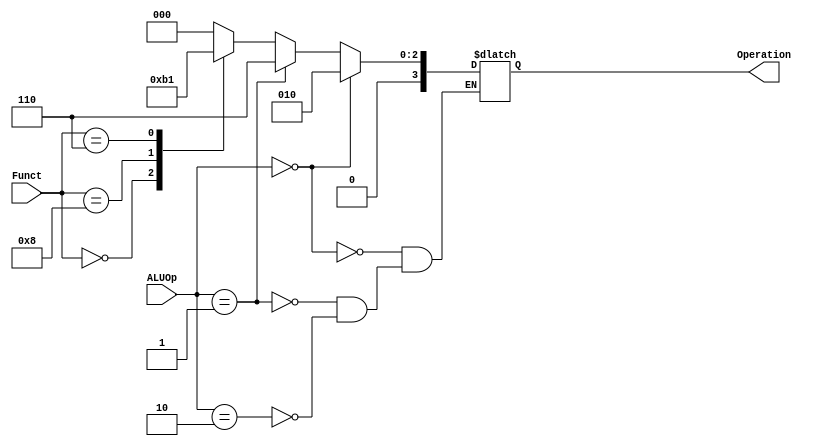
module ALU_Control(ALUOp, Funct, Operation);
  
  input [1:0] ALUOp;
  input [3:0] Funct;
  output reg [3:0] Operation;
  
  always @(*) begin
    if (ALUOp == 2'b00) begin
      Operation <= 4'b0010;
    end
    else if (ALUOp == 2'b01) begin
      Operation <= 4'b0110;
    end
    else if (ALUOp == 2'b10)begin
      case (Funct)
        4'b0000:begin
          Operation <= 4'b0010;
        end
        4'b1000:begin
          Operation <= 4'b0110;
        end
        4'b0111:begin
          Operation <= 4'b0000;
        end
        4'b0110:begin
          Operation <= 4'b0001;
        end
        default:begin
          Operation <= 4'b0000;
        end
      endcase
    end
  end
endmodule